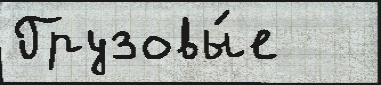
Грузовы́е